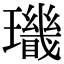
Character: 𤪫